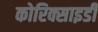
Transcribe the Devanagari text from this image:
कोरिक्साइडी